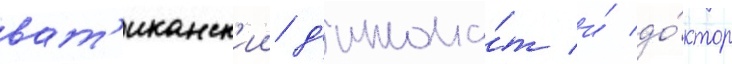
ват'иканск'ии д'иплома́т и́ до́ктор